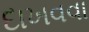
દાખવવા